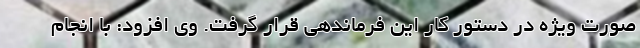
صورت ویژه در دستور کار این فرماندهی قرار گرفت. وی افزود: با انجام